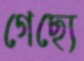
গেছ্যে